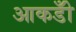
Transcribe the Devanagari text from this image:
आकडोँ